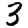
Digit: 3